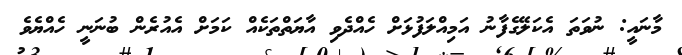
މާނައީ: ނުވަތަ އެކަލޭގެފާނު އަމިއްލަފުޅަށް ހެއްދެވި އާޔަތްތަކެއް ކަމަށް އެއުރެން ބުނަނީ ހެއްޔެވެ